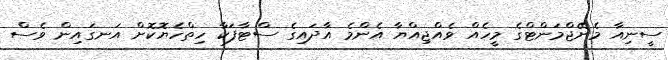
ސީނިއާ މެނޭޖްމަންޓްގެ މީހެއް ވެއްޖިއްޔާ އެންމެ އާދައިގެ ސްޓާފަކާ ހިތްހެޔޮކޮށް އަނގައިން ވެސް